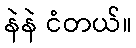
နဲနဲ ငံတယ်။